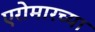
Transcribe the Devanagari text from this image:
एरोमारच्या